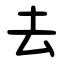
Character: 去